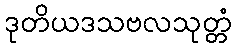
ဒုတိယဒသဗလသုတ္တံ